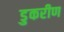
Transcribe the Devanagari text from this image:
डुकरीण